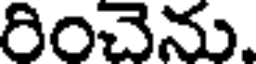
రించెను.